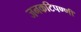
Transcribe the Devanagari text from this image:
जनकटिपण्णी